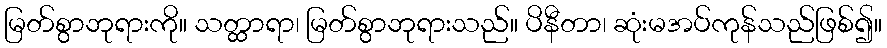
မြတ်စွာဘုရားကို။ သတ္ထာရာ၊ မြတ်စွာဘုရားသည်။ ပိနီတာ၊ ဆုံးမအပ်ကုန်သည်ဖြစ်၍။